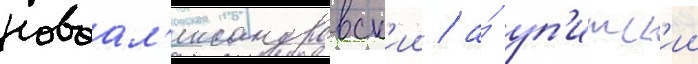
новоал'ександровск'ии / а́ уп'итск'ии